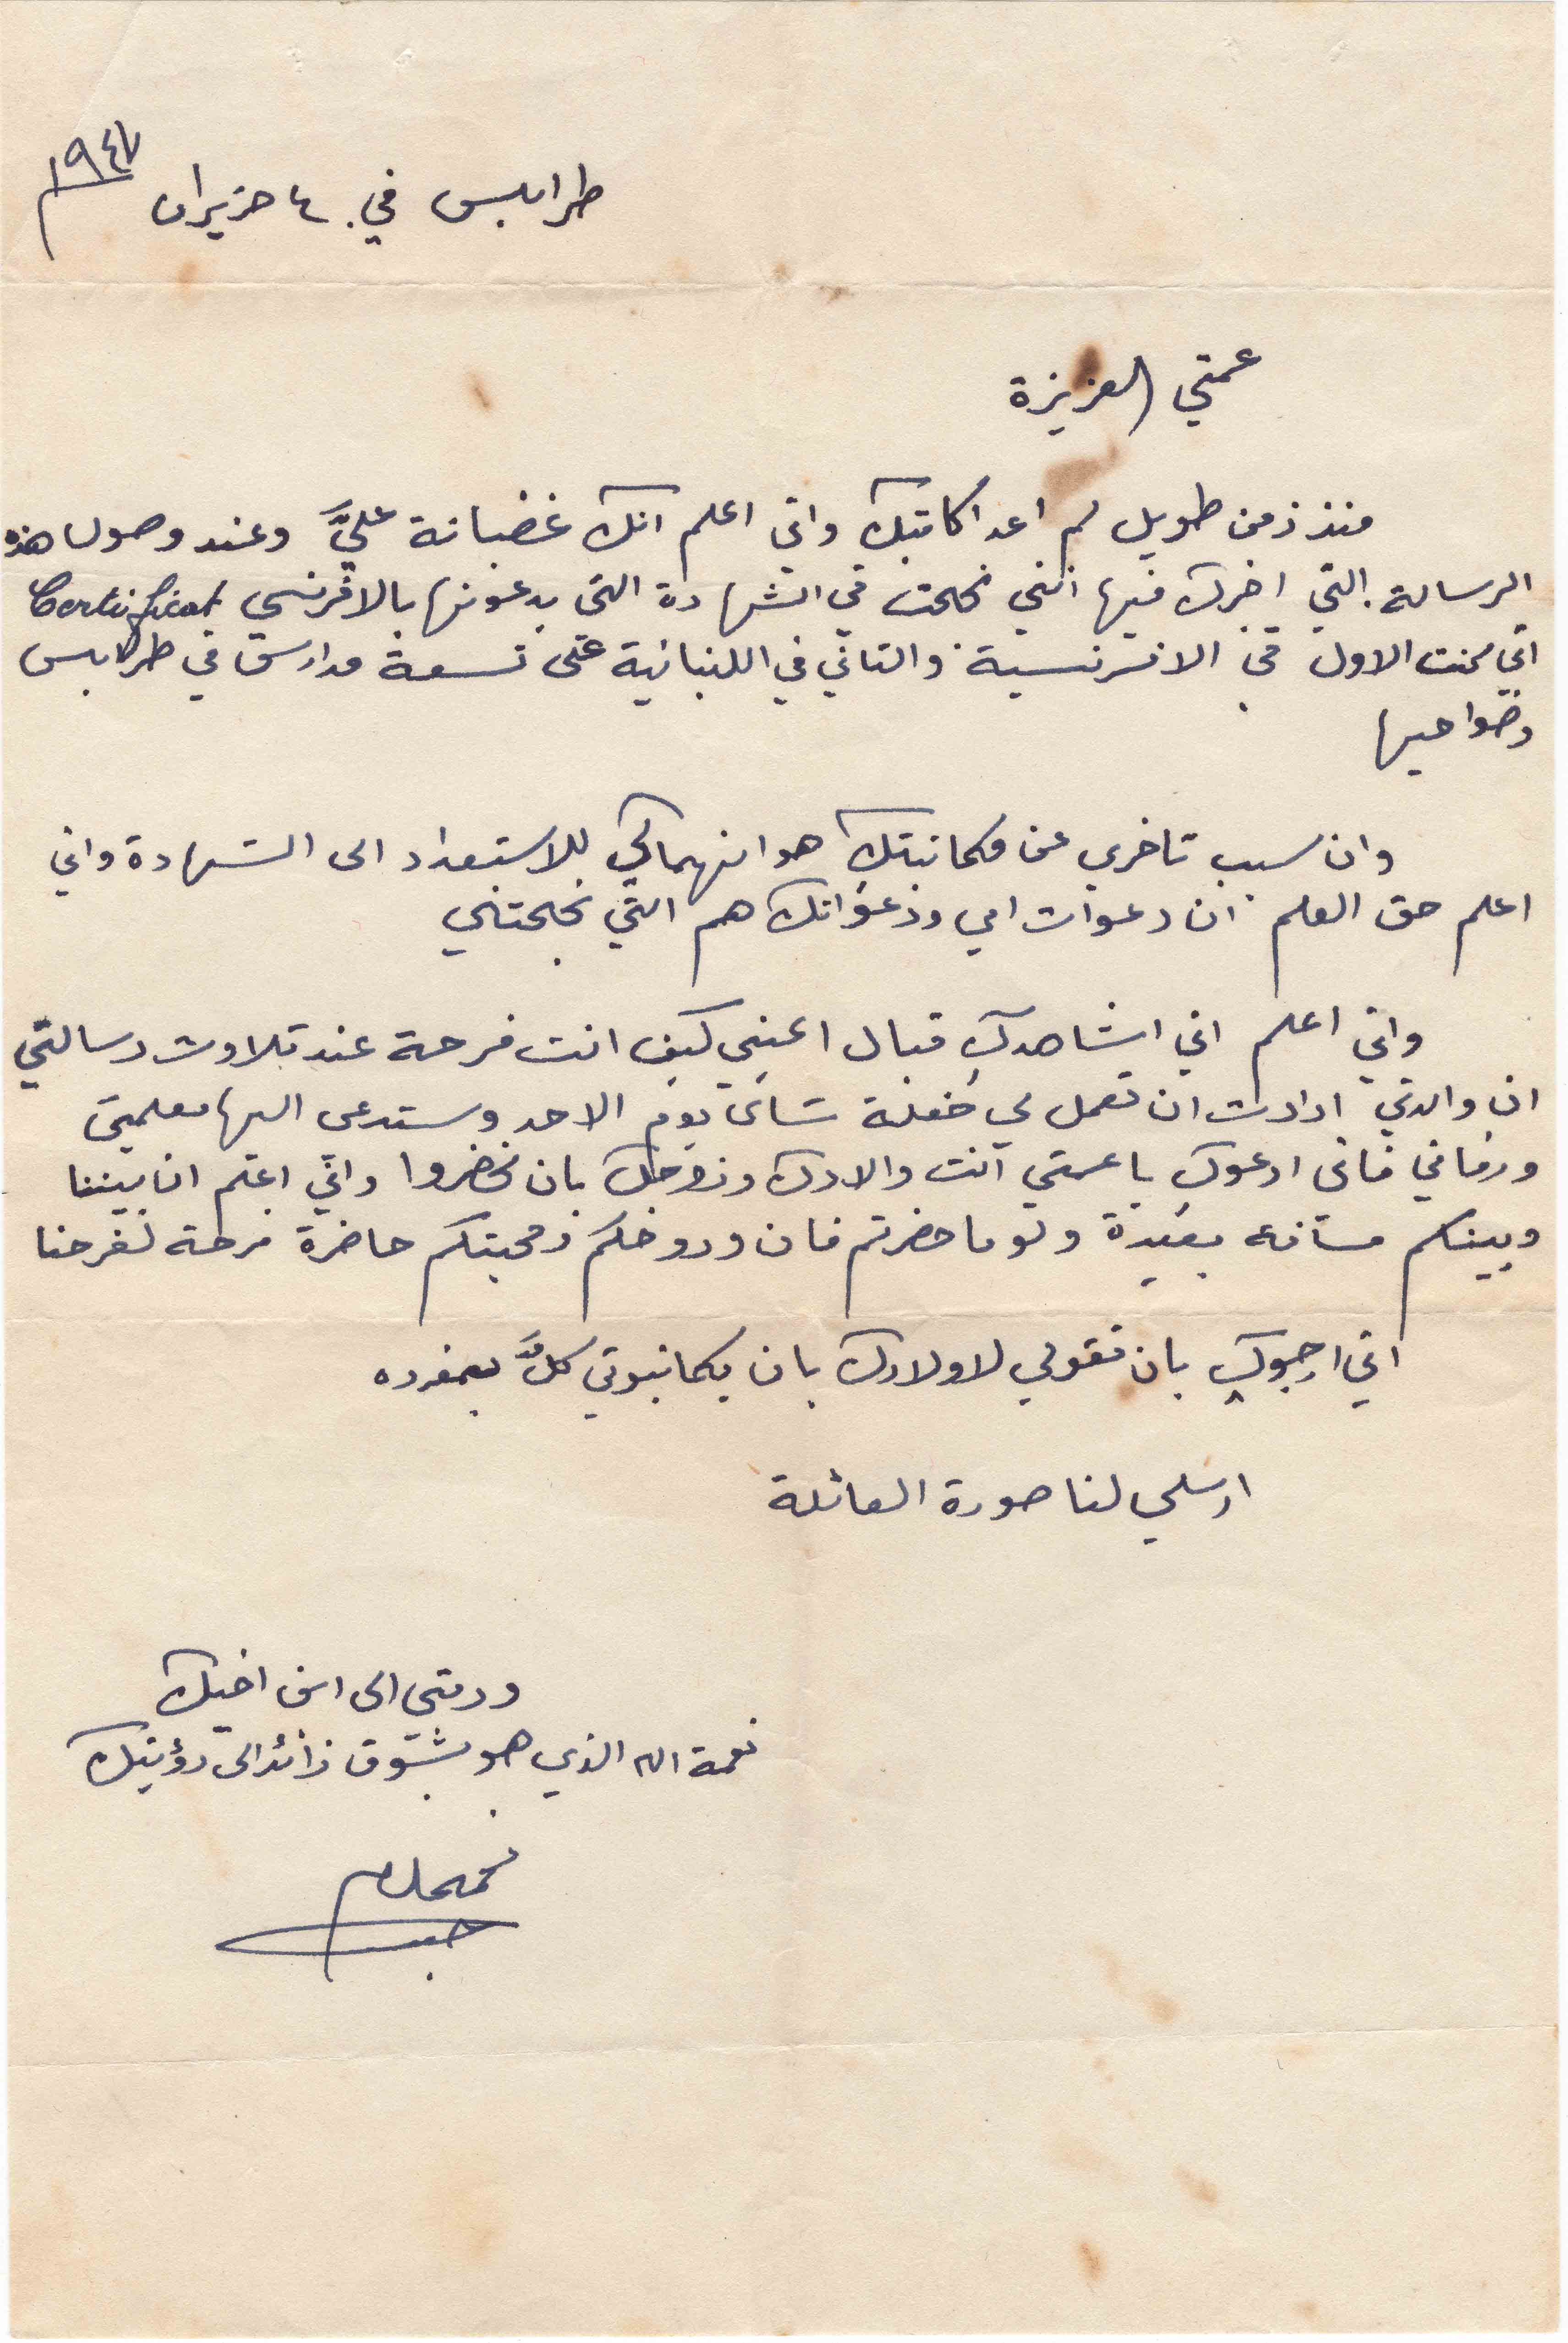
طرابلس في. ٤ حزيران ١٩٤٧
عمتي العزيزة
منذ زمن طويل لم اعد اكاتبك واني اعلم انك غضبانة عليَّ وعند وصول هذه
الرسالة. التي اخبرك فيها انني نجحت في الشهادة التي يدعونها بالافرنسي Certificat
اني كنت الأول في الافرنسية والثاني في اللبنانية في تسعة مدارس في طرابلس
وضواحيها
وان سبب تاخرى عن مكاتبتك هو انهماكي للاستعداد الى الشهادة واني
اعلم حق العلم ان دعوات امي ودعواتك هم التي نجحتني
واني اعلم اني اشاهدك قبال اعيني كيف انت فرحة عند تلاوت رسالتي
ان والدتي ارادت ان تعمل لي حفلة شاي يوم الاحد وستدعى اليها معلمين
ورفاقي فاني ادعوك يا عمتي انت والادك وزوجك بان تحضروا واني اعلم ان بيننا
وبينكم مسافة بعيدة ولو ما حضرتم فان وروحكم ومحبتكم حاضرة فرحة لفرحنا
اني ارجوك بان تقولي لاولادك بان يكاتبوني كلَّ بمفرده
ارسلي لنا صورة العائلة
ودمتي الى ابن اخيك
نعمة الله الذي هو بشوق زائد الى رؤيتك
نعمه الله